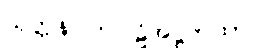
သုတ္တနိပါတပါဠိအဋ္ဌကထာ